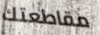
مقاطعتك